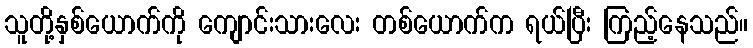
သူတို့နှစ်ယောက်ကို ကျောင်းသားလေး တစ်ယောက်က ရယ်ပြီး ကြည့်နေသည်။